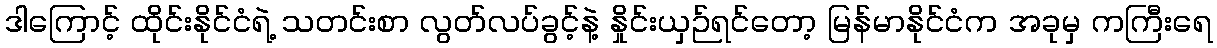
ဒါကြောင့် ထိုင်းနိုင်ငံရဲ့ သတင်းစာ လွတ်လပ်ခွင့်နဲ့ နှိုင်းယှဉ်ရင်တော့ မြန်မာနိုင်ငံက အခုမှ ကကြီးရေ